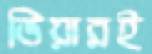
ভিয়ারই